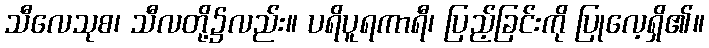
သီလေသုစ၊ သီလတို့၌လည်း။ ပရိပူရကာရီ၊ ပြည့်ခြင်းကို ပြုလေ့ရှိ၏။